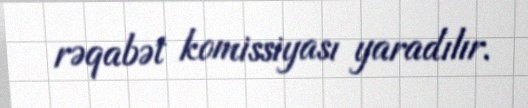
rəqabət komissiyası yaradılır.